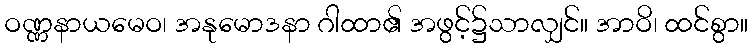
ဝဏ္ဏနာယမေဝ၊ အနုမောဒနာ ဂါထာ၏ အဖွင့်၌သာလျှင်။ အာဝိ၊ ထင်စွာ။